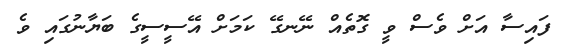
ފައިސާ އަށް ވެސް ވީ ގޮތެއް ނޭނގޭ ކަމަށް އޭސީސީގެ ބަޔާނުގައި ވެ